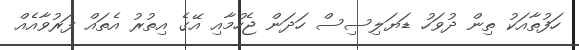
ހަފުތާއަކު ތިން ދުވަހު ޑަޔަލިސިސް ހަދަން ޖެހުމާއި އޭގެ އިތުރު އެތައް ފަރުވާއެއް